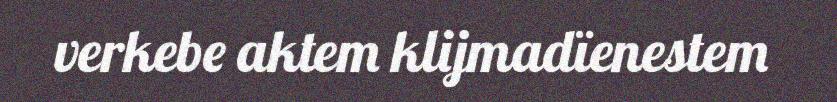
verkebe aktem klijmadïenestem